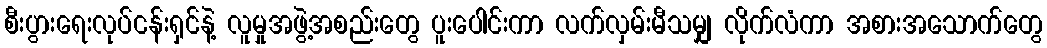
စီးပွားရေးလုပ်ငန်းရှင်နဲ့ လူမှုအဖွဲ့အစည်းတွေ ပူးပေါင်းကာ လက်လှမ်းမီသမျှ လိုက်လံကာ အစားအသောက်တွေ